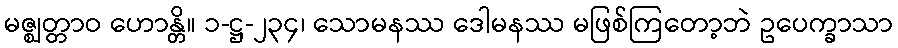
မဇ္ဈတ္တာဝ ဟောန္တိ။ ၁-ဋ္ဌ-၂၃၄၊ သောမနဿ ဒေါမနဿ မဖြစ်ကြတော့ဘဲ ဥပေက္ခာသာ